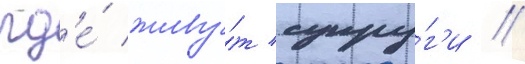
гд'е́ живу́т супру́г'и //